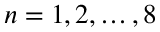
n = 1 , 2 , \ldots , 8